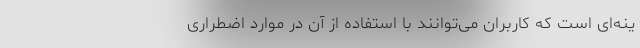
ینه‌ای است که کاربران می‌توانند با استفاده از آن در موارد اضطراری